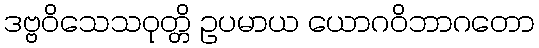
ဒဗ္ဗဝိသေသဝုတ္တိ ဥပမာယ ယောဂဝိဘာဂတော